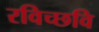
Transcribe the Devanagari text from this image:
रविच्छवि